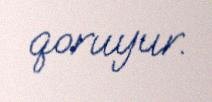
qoruyur.